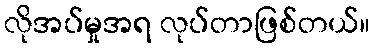
လိုအပ်မှုအရ လုပ်တာဖြစ်တယ်။